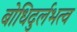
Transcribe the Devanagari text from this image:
बोधिदुर्लभत्व